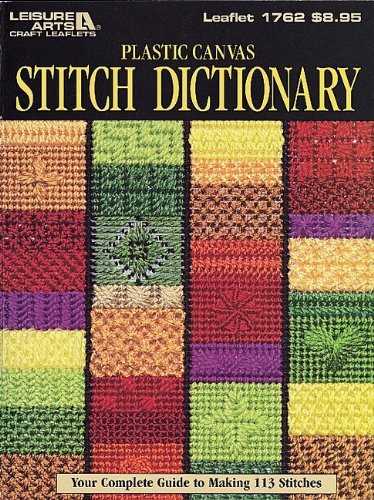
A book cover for Leisure Arts Plastic Canvas Stitch Dictionary Leisure Arts; Leisure Arts; Crafts, Hobbies & Home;